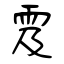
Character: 雭